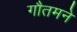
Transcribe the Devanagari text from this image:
गौतमने